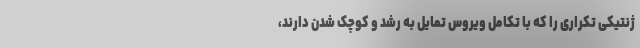
ژنتیکی تکراری را که با تکامل ویروس تمایل به رشد و کوچک شدن دارند،